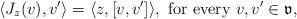
LaTeX: \begin{align*}\langle J_z (v), v'\rangle=\langle z,[v,v']\rangle, \hbox{ for every }v,v'\in \mathfrak{v},\end{align*}